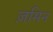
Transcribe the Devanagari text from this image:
ज़मिन